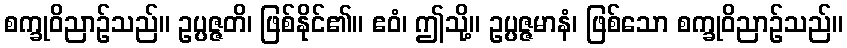
စက္ခုဝိညာဉ်သည်။ ဥပ္ပဇ္ဇတိ၊ ဖြစ်နိုင်၏။ ဧဝံ၊ ဤသို့။ ဥပ္ပဇ္ဇမာနံ၊ ဖြစ်သော စက္ခုဝိညာဉ်သည်။